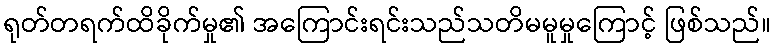
ရုတ်တရက်ထိခိုက်မှု၏ အကြောင်းရင်းသည်သတိမမူမှုကြောင့် ဖြစ်သည်။